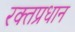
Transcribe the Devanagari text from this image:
रक्तप्रधान